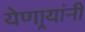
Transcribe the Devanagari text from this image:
येणार्‍यांनी